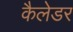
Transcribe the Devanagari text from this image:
कैलेडर